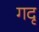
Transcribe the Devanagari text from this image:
गदृ